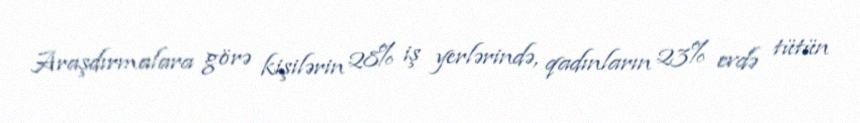
Araşdırmalara görə kişilərin 28% iş yerlərində, qadınların 23% evdə tütün